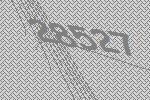
28527